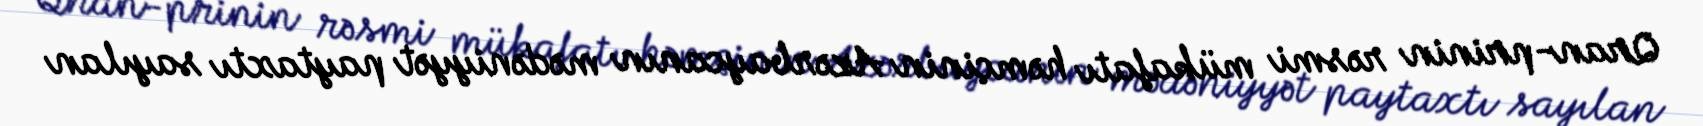
Qran-prinin rəsmi mükafatı həmçinin Azərbaycanın mədəniyyət paytaxtı sayılan